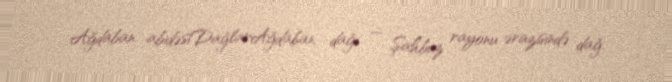
Ağdaban abidəsiDağlarAğdaban dağı — Şahbuz rayonu ərazisində dağ.